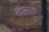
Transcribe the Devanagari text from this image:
वर्गस्तरावर